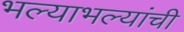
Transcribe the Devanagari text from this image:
भल्याभल्यांची